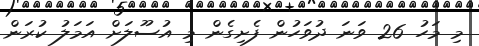
މި މަހު 26 ވަނަ ދުވަހުން ފެށިގެން މި އުސޫލަށް އަަމަލު ކުރަން